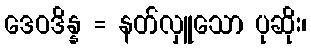
ဒေဝဒိန္န = နတ်လှူသော ပုဆိုး၊